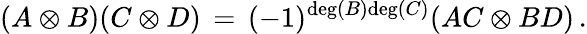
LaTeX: (A\otimes B)(C\otimes D)\, =\, (-1)^{\mathrm{deg}(B)\mathrm{deg}(C)}(AC\otimes BD)\, .